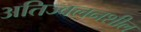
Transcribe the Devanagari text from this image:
अतिज्वलनशील